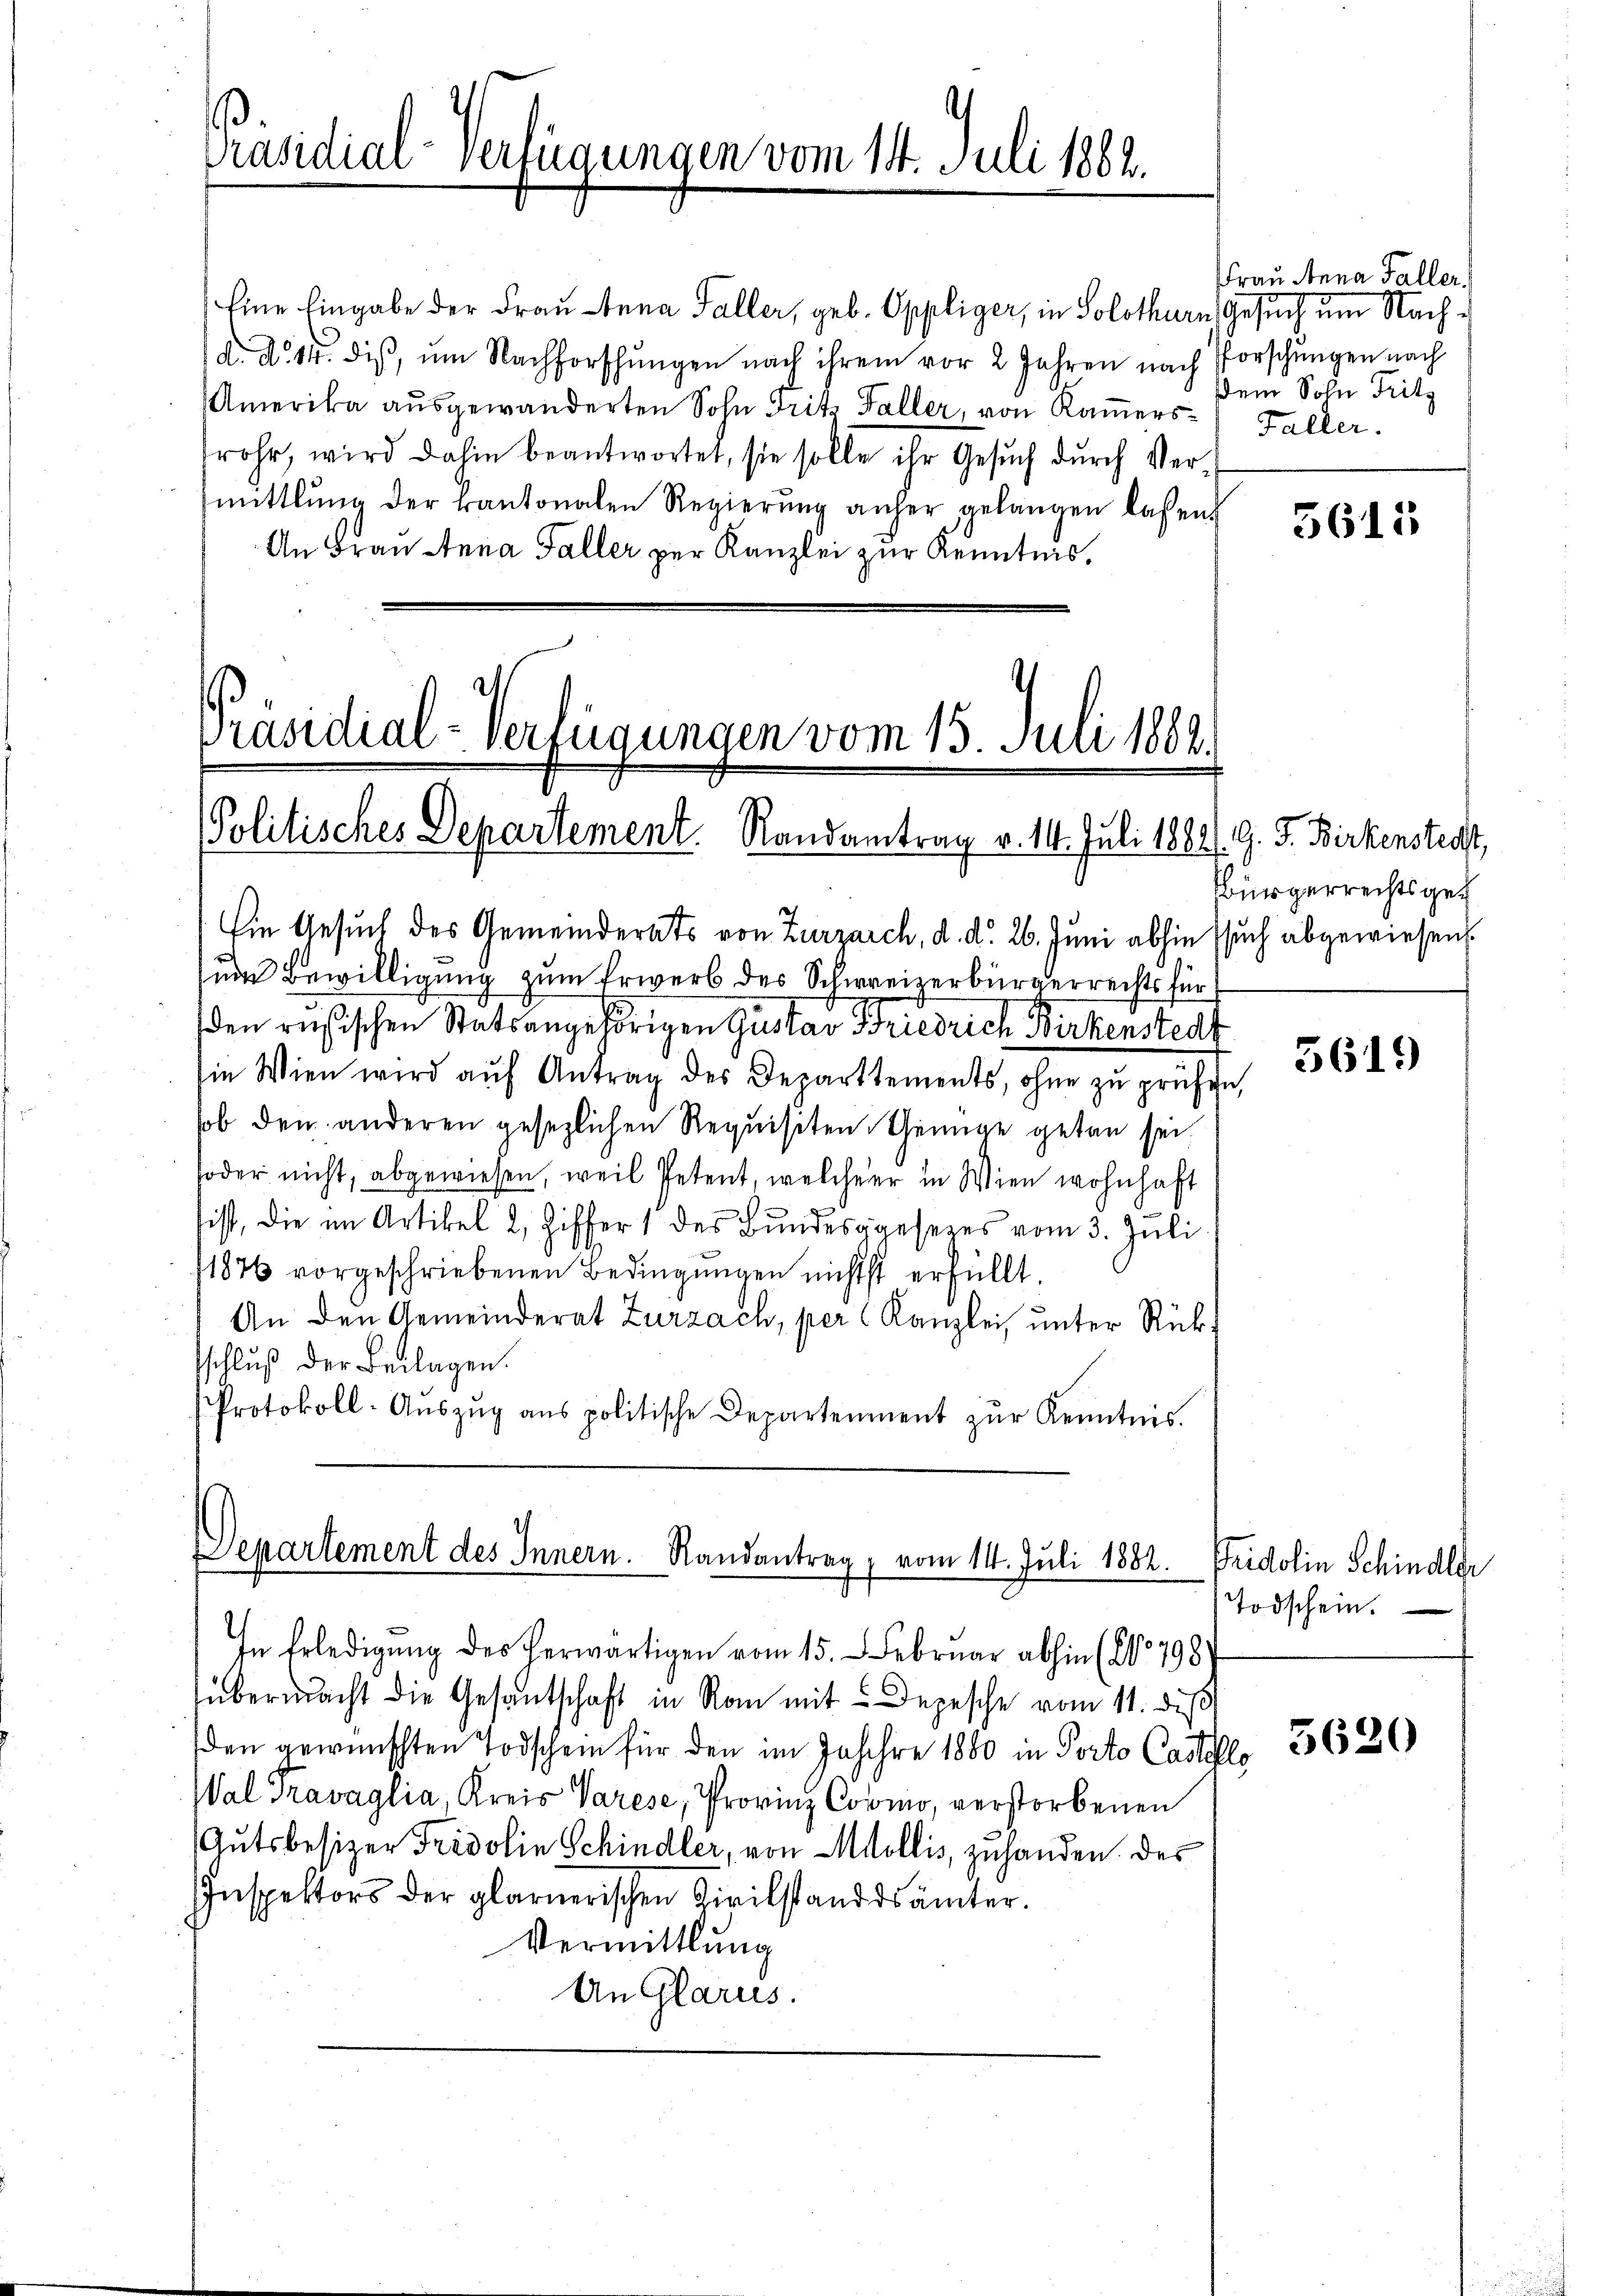
Präsidial-Verfügungen vom 14. Juli 1862.
.

Eine Eingabe der Frau Anna Faller, geb. Oppliger, in Solothurn, Gesuch um Nachd. d. 14. diβ, ŭm Nachforschŭngen nach ihrem vor 2 Jahren nach Porschungen nach
Amerika aŭsgewanderten Sohn Frits Faller, von Kamers Faller.
rohr, wird dahin beantwortet, sie solle ihr Gesuch durch Vermittlung der kantonalen Regierŭng anher gelangen laßen
An Frau Anna Faller per Kanzlei zur Kenntnis,

Präsidial-Verfügungen vom 13. Juni 1882.
Politisches Departement. Randamtrag v. 114. Juli 1884). G. J. Birkenstedt,

Ein Gesuch des Gemeinderats von Zurzarch, d. d. 26. Juni abhin ssuch abgewiesen
um Bewilligung zum Erwerb des Schweizerbürgerrechts für
den rusischen Statsangehörigen Gustav Friedrich Birkenstedt
in Wien wird aŭf Antrag des Departtements, ohne zu prüfen,
ob den anderen gesezlichen Requisiten Genüge getan sei.
soder nicht, abgewiesen, weil Petent, welcherer in Wien wohnhaft
sist, die im Artikel 2, Ziffer 1 des Bundesgesezes vom 3. Juli
11876 vorgeschriebenen Bedingungen nichtst erfüllt.
An den Gemeinderat Zurzach, per Kanzlei, unter Rücksschluß der Beilagen.
Protokoll-Aŭszŭg ans politische Departement zŭr Kenntnis.

In Erledigung des herwärtigen vom 15. Februar abhin (No 798
übermacht die Gesantschaft in Ran mit Depesche vom 11. dieß
den gewünschten Todschein für den im Jahre 1880 in Porto Castel
Wal Travaglia, Kreis Varese, Provinz Como, verstorbenen
Autsbesizer Fridolin Schindler, von Mollis, zuhanden des
Inspektors der glarnerischen Zivilstanddsämter.
Vermittlung
An Glarus.

Departement des Innern. Randantrag, vom 14. Juli 1882. Fridolin Schindler

Frau Anna Faller.
sdem Sohn Fritz

Bbürgerrechtsges

Todschein.

llo

5615

3619

5620